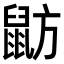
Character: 𪕃